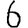
Digit: 6